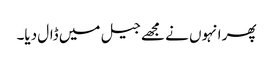
پھر انہوں نے مجھے جیل میں ڈال دیا۔